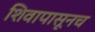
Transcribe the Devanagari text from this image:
शिवापासूनच